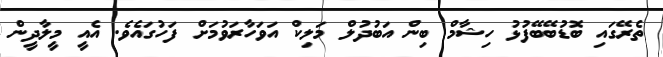
ތެރޭގައި ބޮޑުބޭބޭފުޅު ހިޝާމް ބިން އަބުދުލް މަލިކް އަވަހާރަވުމަށް ފަހުގައެވެ. އެއީ މީލާދީން